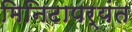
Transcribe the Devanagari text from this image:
मिनिटापर्यंत